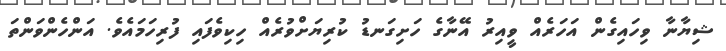
ޝިޔާނާ ވިހައިގެން އަހަރެއް ވީއިރު އޭނާގެ ހަށިގަނޑު ކުރިޔަށްވުރެއް ހިކިވެފައި ފުރިހަމައެވެ. އަންހެންވަންތަ